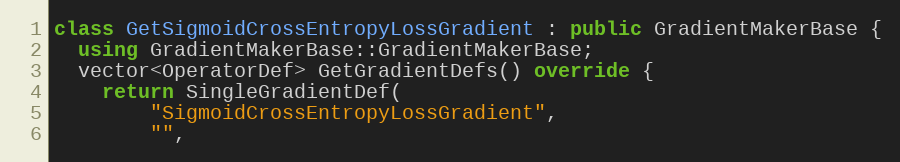
Language: C++
class GetSigmoidCrossEntropyLossGradient : public GradientMakerBase {
  using GradientMakerBase::GradientMakerBase;
  vector<OperatorDef> GetGradientDefs() override {
    return SingleGradientDef(
        "SigmoidCrossEntropyLossGradient",
        "",